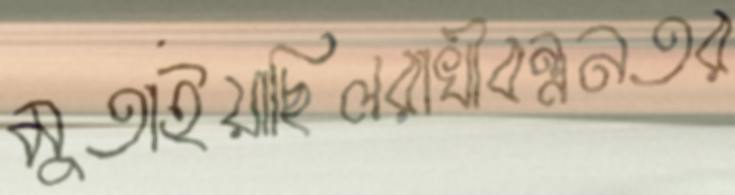
মুতাইয়াছিলরাখীবন্ধনতর